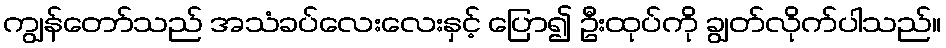
ကျွန်တော်သည် အသံခပ်လေးလေးနှင့် ပြော၍ ဦးထုပ်ကို ချွတ်လိုက်ပါသည်။